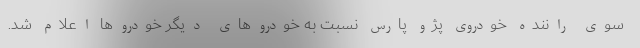
سوی راننده خودروی پژو پارس نسبت به خودروهای دیگر خودروها اعلام شد.